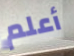
أعلم